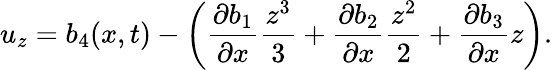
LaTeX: u_{z}=b_{4}(x,t)-\bigg(\frac{\partial b_{1}}{\partial x}\frac{z^{3}}{3}+\frac{\partial b_{2}}{\partial x}\frac{z^{2}}{2}+\frac{\partial b_{3}}{\partial x}z\bigg).